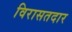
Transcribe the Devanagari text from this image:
विरासतदार